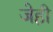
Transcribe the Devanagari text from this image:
जेही